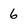
Character: 6